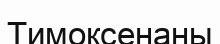
Тимоксенаны